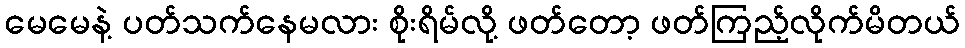
မေမေနဲ့ ပတ်သက်နေမလား စိုးရိမ်လို့ ဖတ်တော့ ဖတ်ကြည့်လိုက်မိတယ်